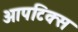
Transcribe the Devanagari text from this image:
आपटिक्स